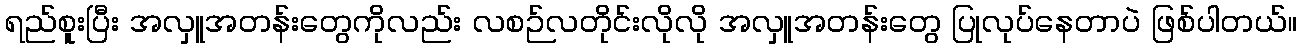
ရည်စူးပြီး အလှူအတန်းတွေကိုလည်း လစဉ်လတိုင်းလိုလို အလှူအတန်းတွေ ပြုလုပ်နေတာပဲ ဖြစ်ပါတယ်။